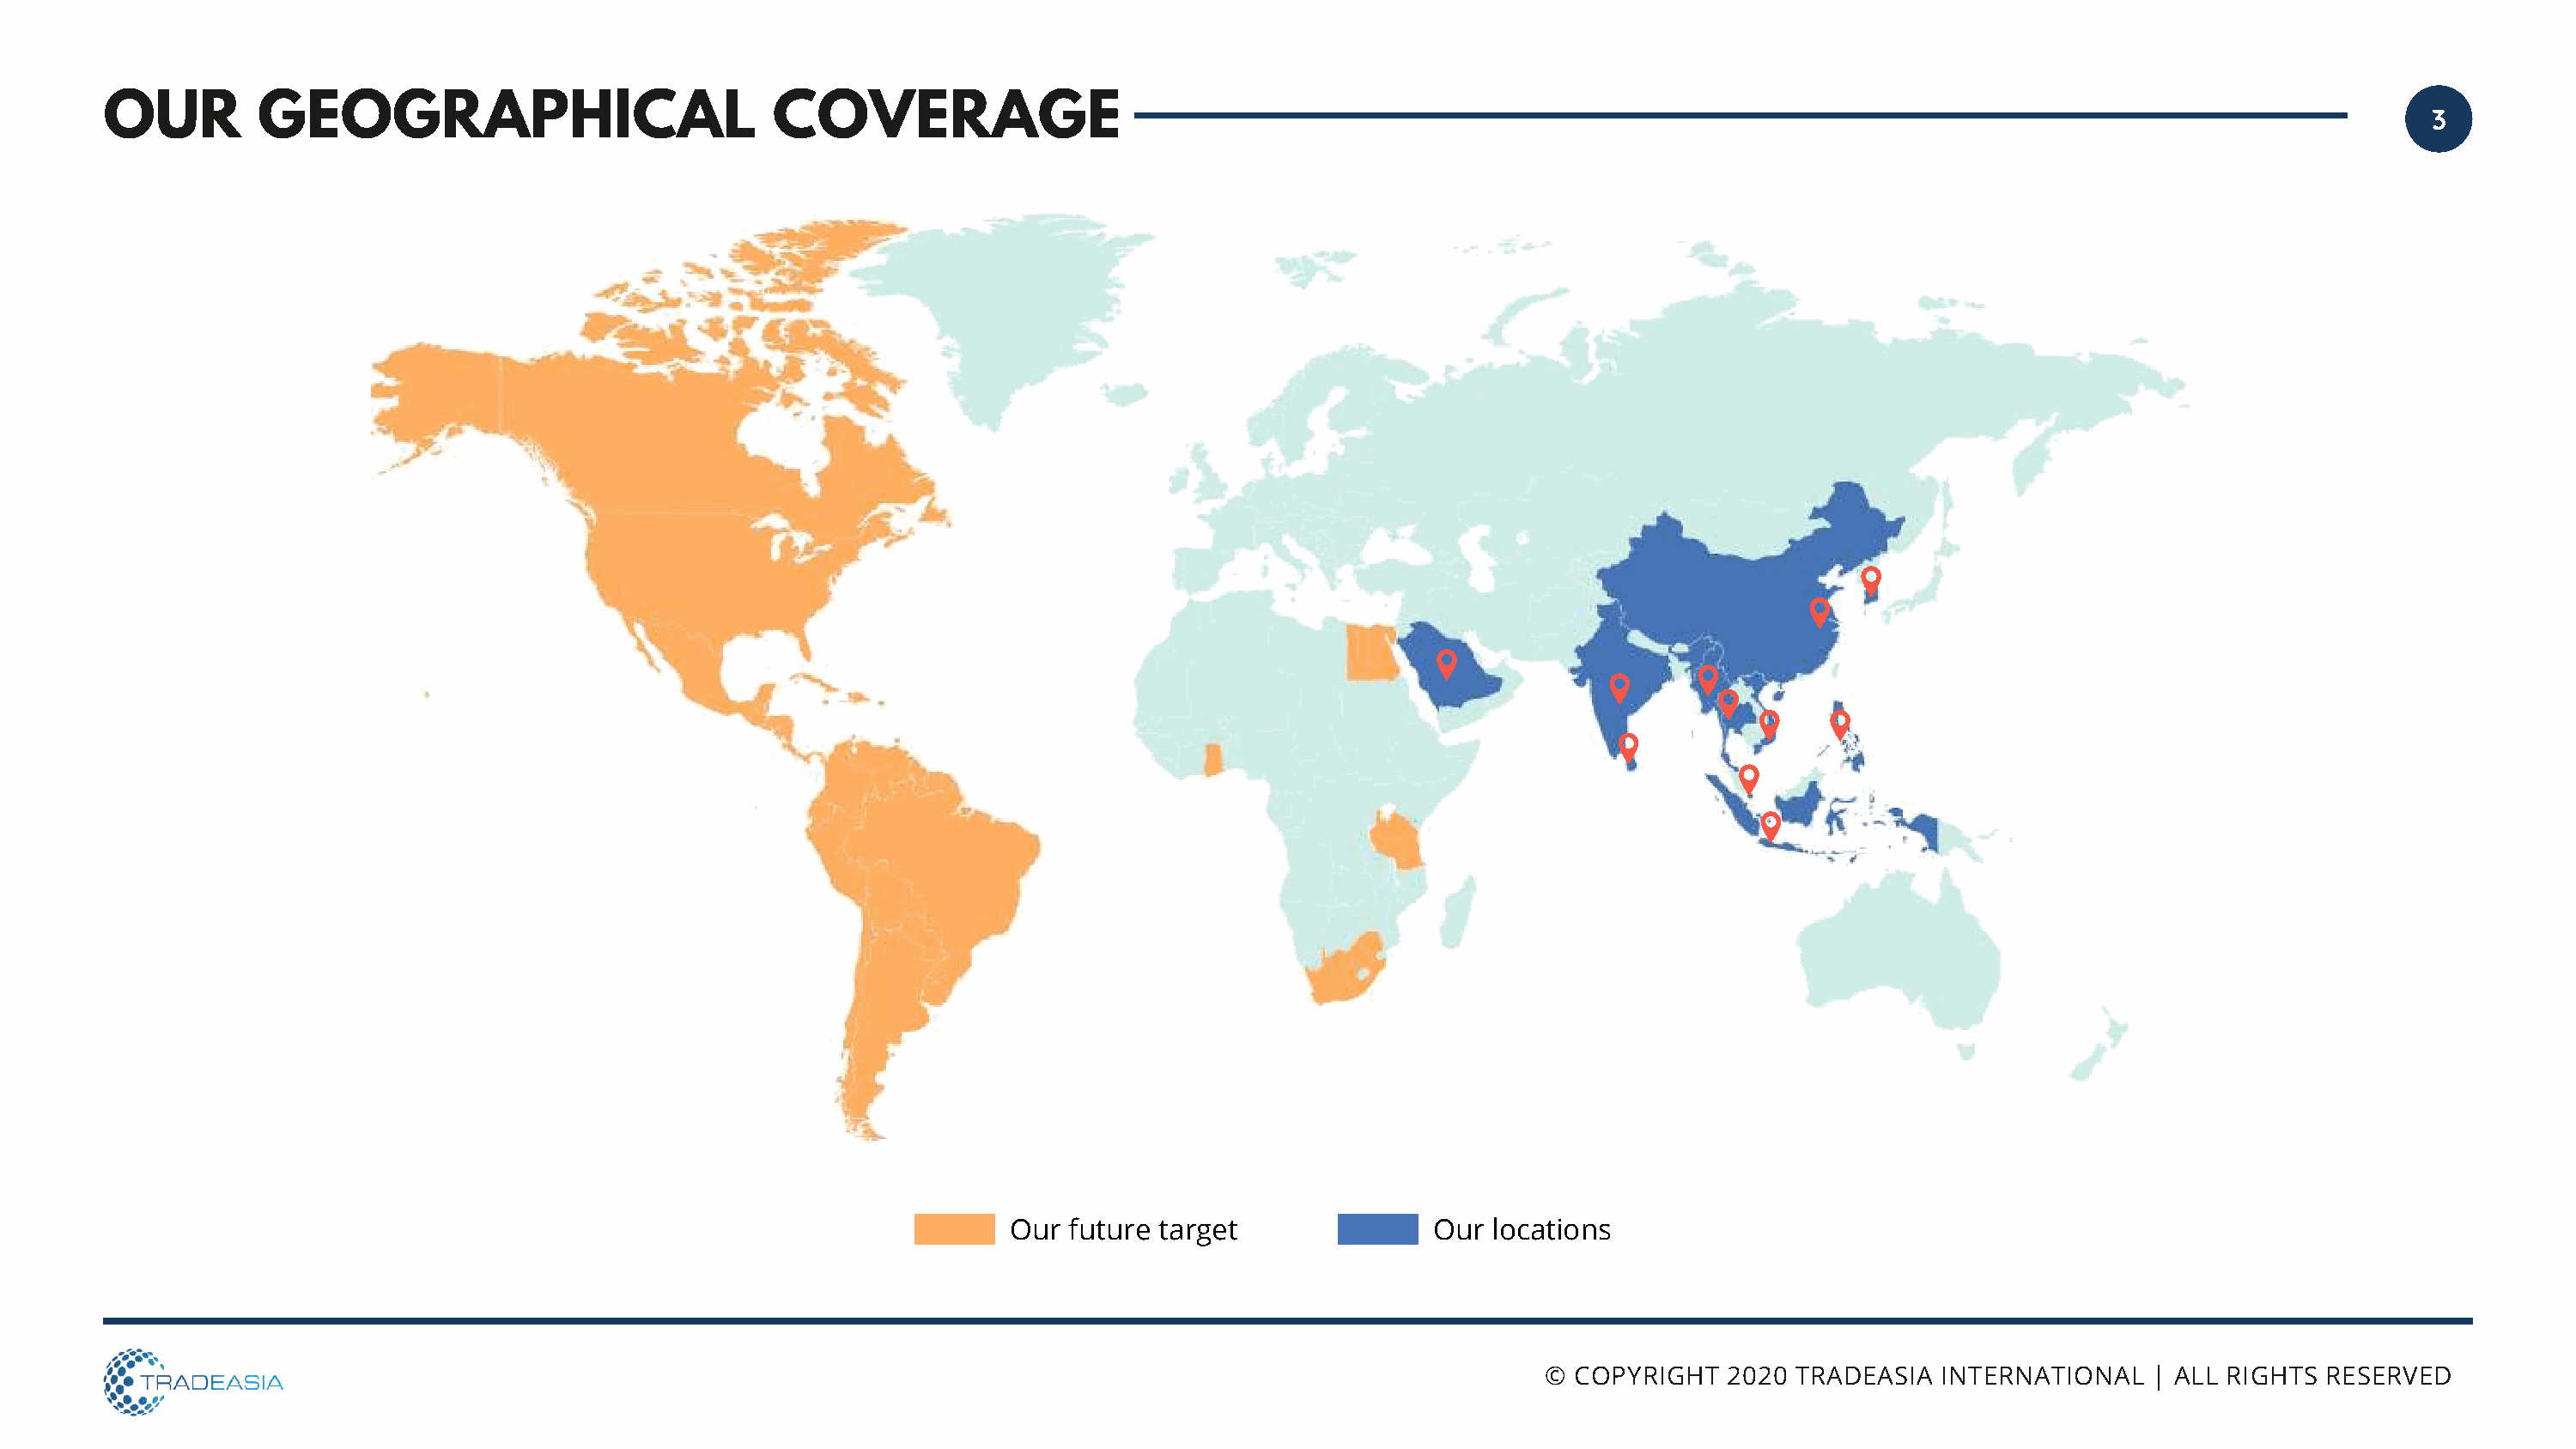
OUR         GEOGRAPHICAL                            COVERAGE
 3
 Our future target               Our  locations
 © COPYRIGHT   2020 TRADEASIA   INTERNATIONAL   | ALL RIGHTS RESERVED